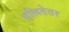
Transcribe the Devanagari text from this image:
दलितेतर